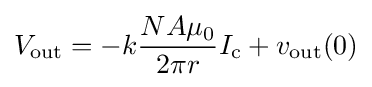
V_{\rm {out}}=-k{\frac {NA\mu _{0}}{2\pi r}}I_{\rm {c}}+v_{\rm {out}}(0)